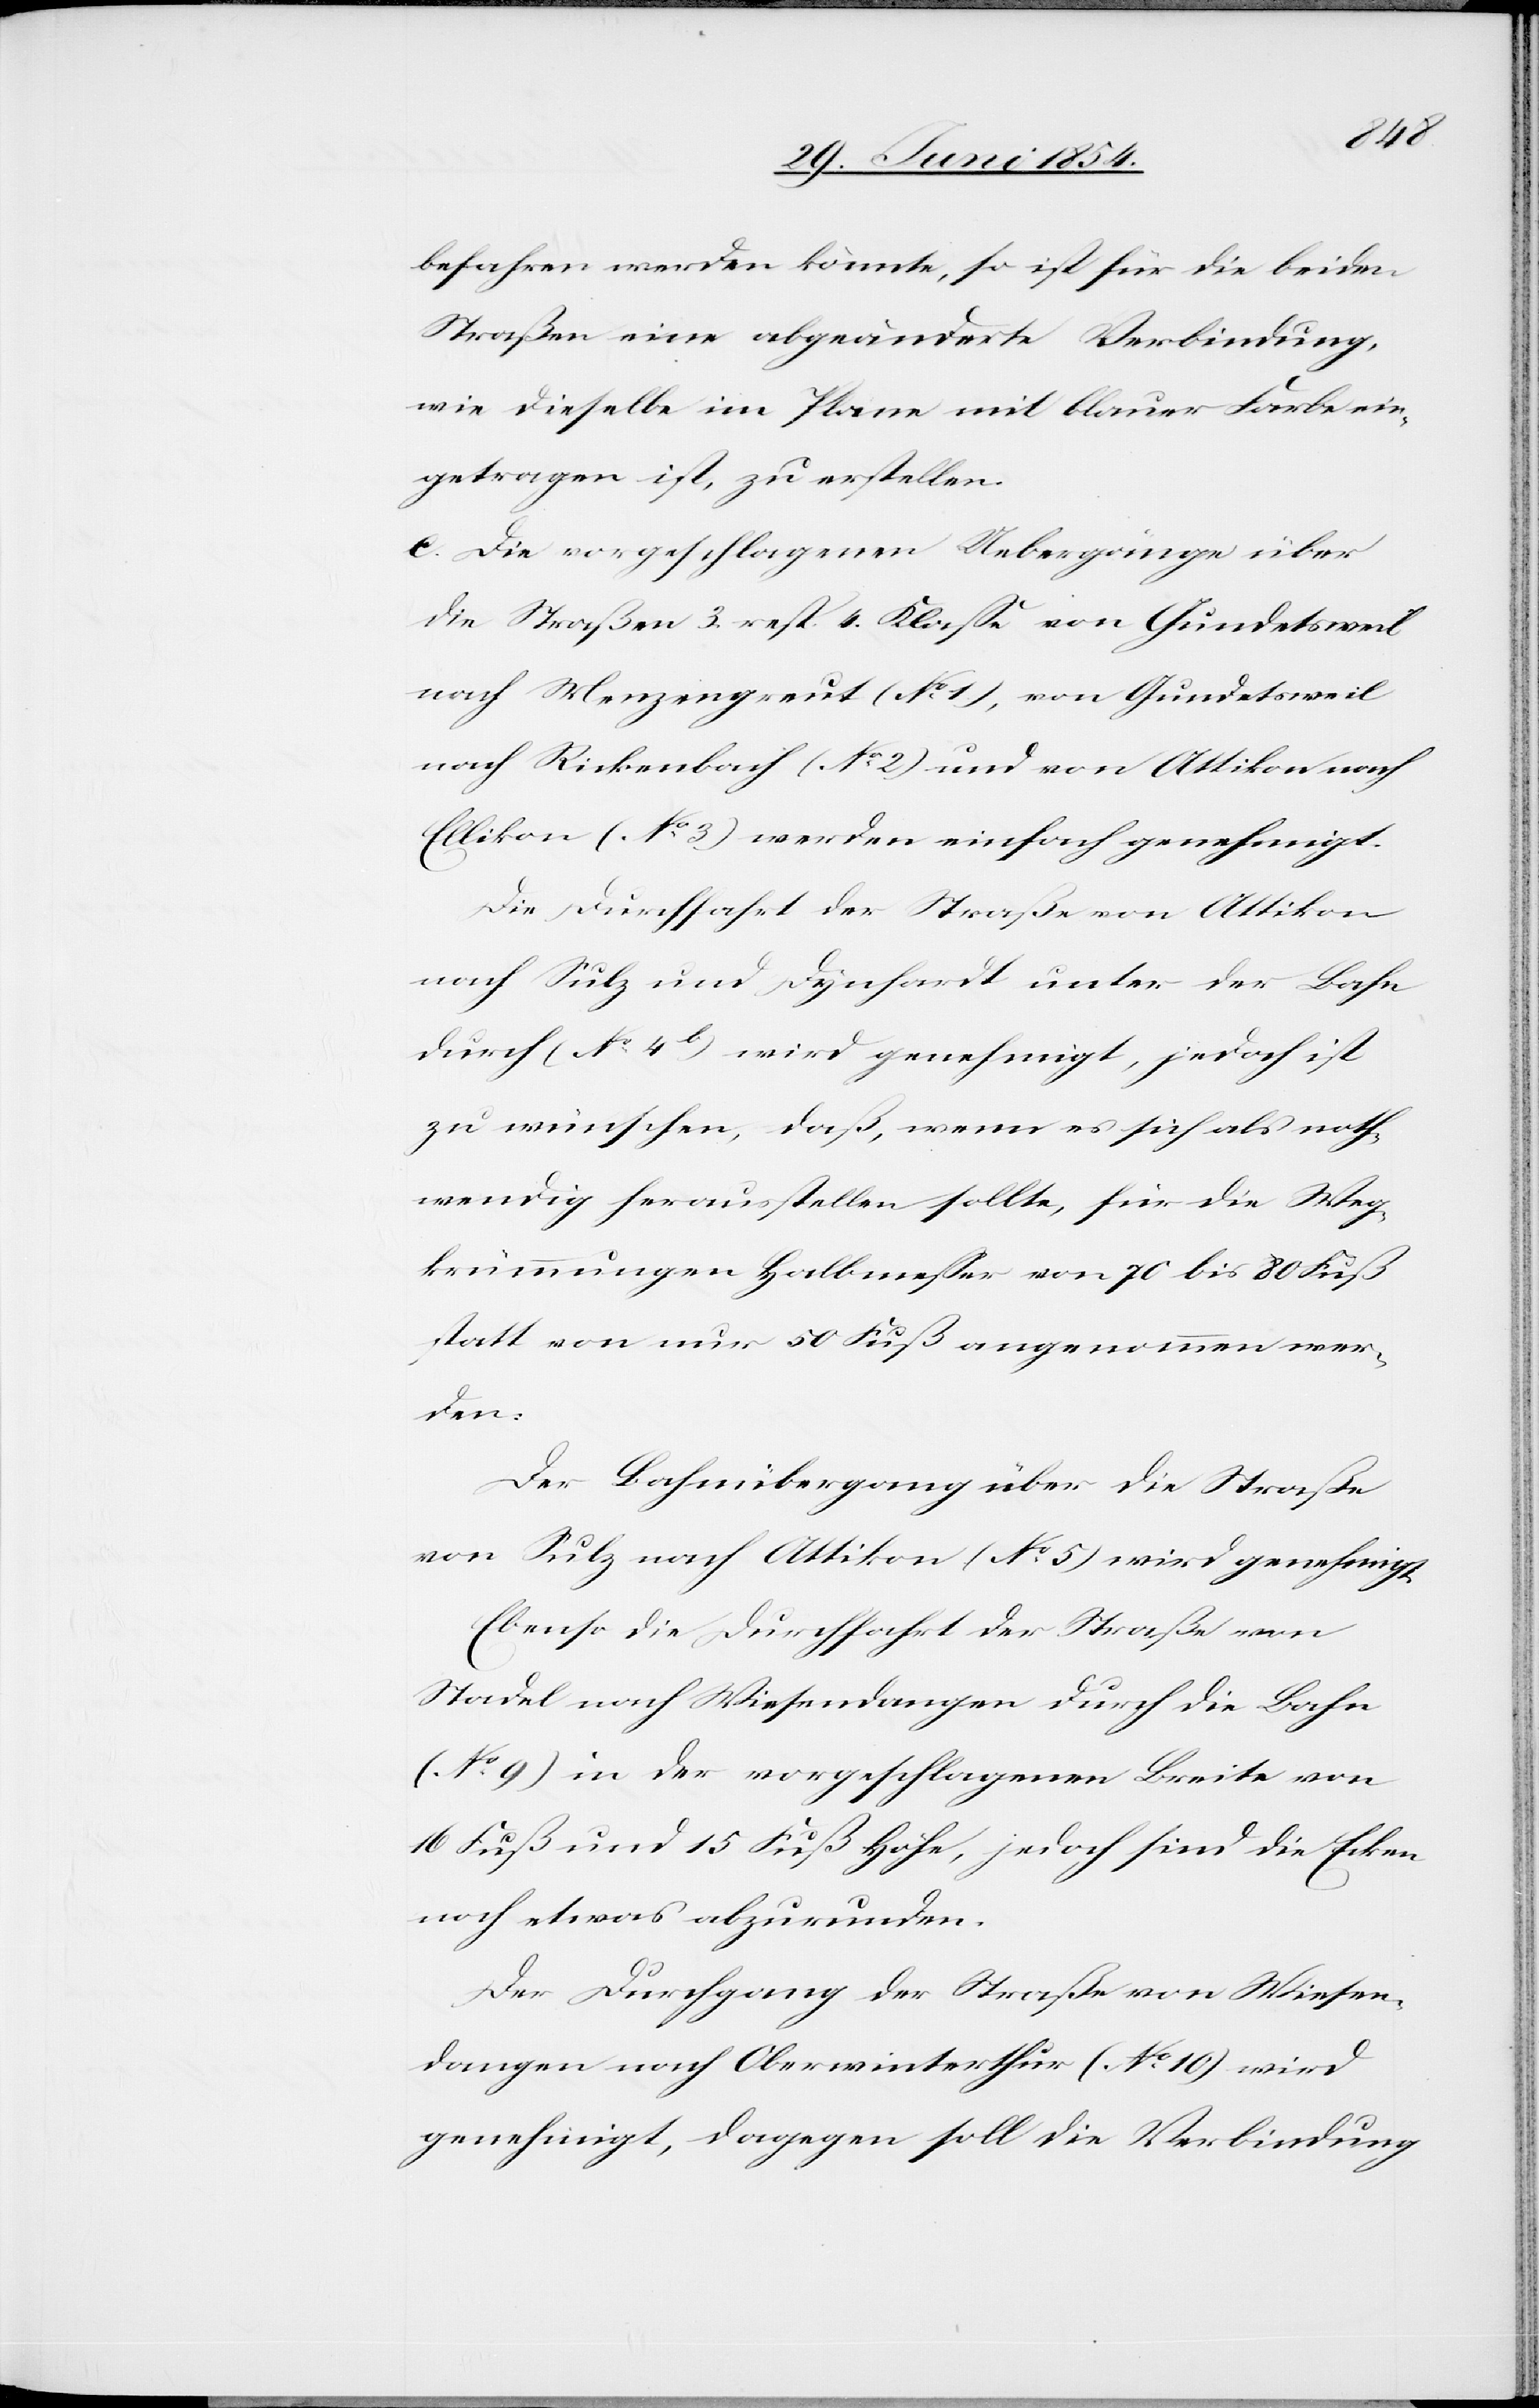
befahren werden könnte, so ist für die beiden
Straßen eine abgeänderte Verbindung,
wie dieselbe im Plane mit blauer Farbe ein¬
getragen ist, zu erstellen.
c. Die vorgeschlagenen Uebergänge über
die Straßen 3. resp. 4. Klaße von Gundetsweil
nach Menzengreut (No 1), von Gundetsweil
nach Rickenbach (No 2) und von Attikon nach
Ellikon (No 3) werden einfach genehmigt.
Die Durchfahrt der Straße von Attikon
nach Sulz und Dynhardt unter der Bahn
durch (No 4b) wird genehmigt, jedoch ist
zu wünschen, daß, wenn es sich als noth¬
wendig herausstellen sollte, für die Weg¬
krümmungen Halbmeßer von 70 bis 80 Fuß
statt von nur 50 Fuß angenommen wer¬
den.
Der Bahnübergang über die Straße
von Sulz nach Attikon (No 5) wird genehmigt.
Ebenso die Durchfahrt der Straße von
Stadel nach Wiesendangen durch die Bahn
(No 9) in der vorgeschlagenen Breite von
16 Fuß und 15 Fuß Höhe, jedoch sind die Ecken
noch etwas abzurunden.
Der Durchgang der Straße von Wiesen¬
dangen nach Oberwinterthur (No 10) wird
genehmigt, dagegen soll die Verbindung